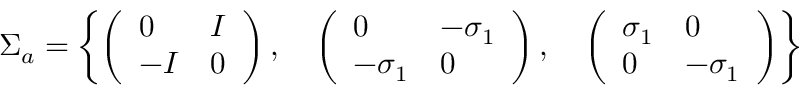
\Sigma _ { a } = \left\{ \left( \begin{array} { l l } { { 0 } } & { { I } } \\ { { - I } } & { { 0 } } \end{array} \right) , \quad \left( \begin{array} { l l } { { 0 } } & { { - \sigma _ { 1 } } } \\ { { - \sigma _ { 1 } } } & { { 0 } } \end{array} \right) , \quad \left( \begin{array} { l l } { { \sigma _ { 1 } } } & { { 0 } } \\ { { 0 } } & { { - \sigma _ { 1 } } } \end{array} \right) \right\}